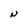
Character: N